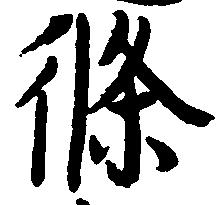
条